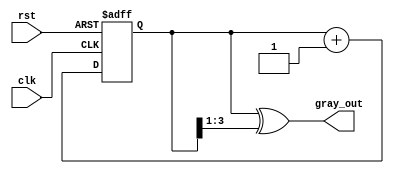
module gray_code_counter (
    input wire clk,         // Clock signal
    input wire rst,         // Reset signal (active-high)
    output reg [3:0] gray_out // 4-bit Gray code output
);

    reg [3:0] bin_count;         // Internal binary counter
    
    // Combinational logic to convert binary count to Gray code
    function [3:0] bin_to_gray;
        input [3:0] bin;
        begin
            bin_to_gray = bin ^ (bin >> 1);
        end
    endfunction

    // Always block for synchronous reset and counting
    always @(posedge clk or posedge rst) begin
        if (rst) begin
            bin_count <= 4'b0000; // Reset binary counter to 0
        end else begin
            bin_count <= bin_count + 1; // Increment binary counter
        end
    end

    // Always block for Gray code output generation
    always @(bin_count) begin
        gray_out <= bin_to_gray(bin_count); // Convert binary count to Gray code
    end
    
endmodule